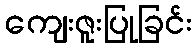
ကျေးဇူးပြုခြင်း